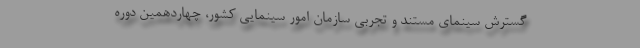
گسترش سینمای مستند و تجربی سازمان امور سینمایی کشور، چهاردهمین دوره